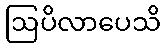
ဩပိလာပေသိ